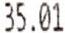
35.01